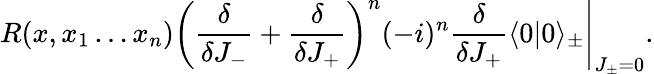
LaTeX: R(x,x_{1}\ldots x_{n})\left(\frac{\delta}{\delta J_{-}}+\frac{\delta}{\delta J_{+}}\right)^{n}(-i)^{n}\frac{\delta}{\delta J_{+}}\langle 0|0\rangle_{\pm}\Bigg|_{J_{\pm}=0}.